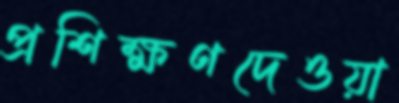
প্রশিক্ষণদেওয়া